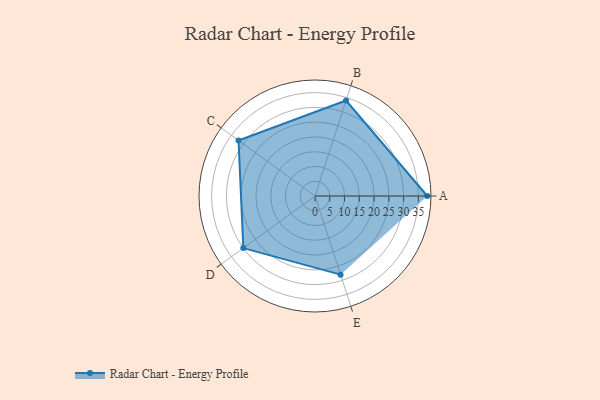
{"axis": {"x": "Skill", "y": "Score"}, "legend": ["Profile"], "data": [{"x": "A", "y": 38.0, "type": "Profile"}, {"x": "B", "y": 34.0, "type": "Profile"}, {"x": "C", "y": 32.0, "type": "Profile"}, {"x": "D", "y": 30.0, "type": "Profile"}, {"x": "E", "y": 28.0, "type": "Profile"}]}